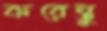
করেন্তু